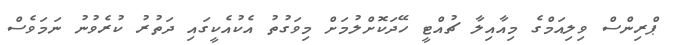
ޕްރިންސް ވިލިއަމްގެ މިއާއިލާ ޗުއްޓީ ހޭދަކޮށްލުމަށް މިވަގުތު އެކުއެކީގައި ދަތުރު ކުރެވުނު ނަމަވެސް